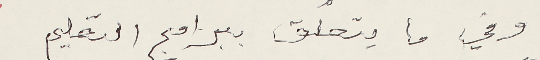
وفي ما يتعلق ببرامج التعليم